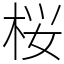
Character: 桜